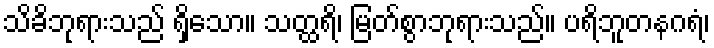
သိခိဘုရားသည် ရှိသော။ သတ္ထရိ၊ မြတ်စွာဘုရားသည်။ ပရိဘူတနဂရံ၊